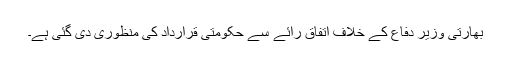
بھارتی وزیر دفاع کے خلاف اتفاق رائے سے حکومتی قرارداد کی منظوری دی گئی ہے۔